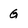
Character: G